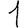
Digit: 1